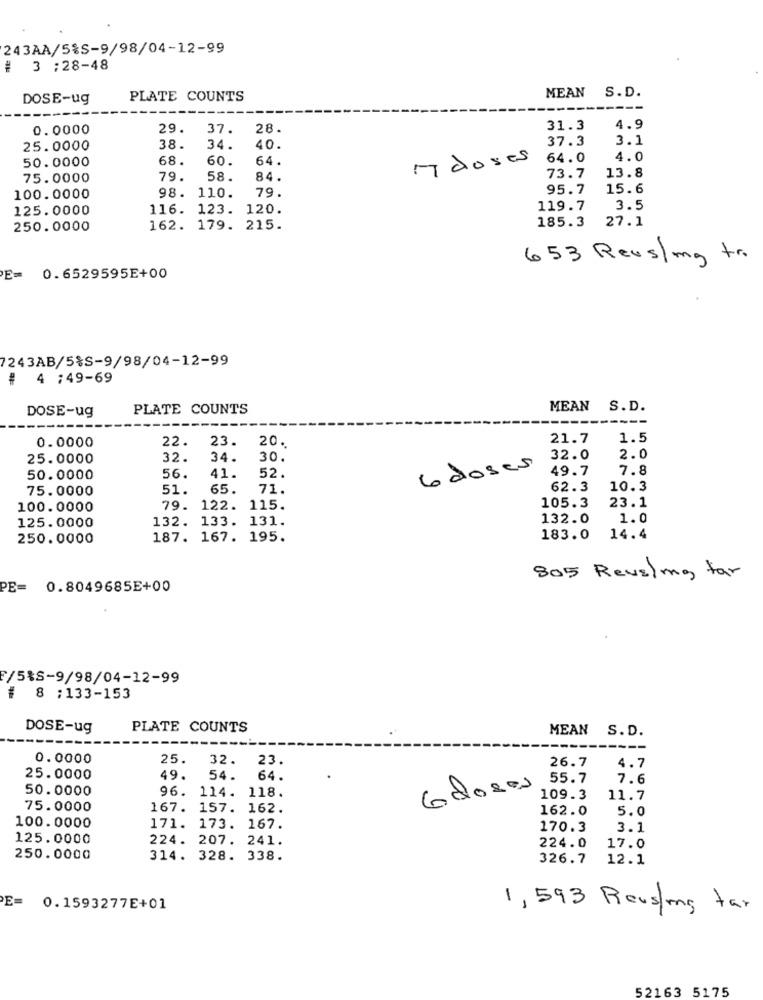
243AA/5%S-9/98/04-12-99
# 3 :28-48
MEAN S.D.
DOSE-ug
PLATE COUNTS
0.0000
29.
37.
28.
31.3
4.9
37.3
3.1
25.0000
38.
34.
40.
50.0000
68.
60.
64.
doses
64.0
4.0
13.8
75.0000
79.
58.
84.
73.7
98. 110.
79.
95.7
15.6
100.0000
125.0000
116. 123. 120.
119.7
3.5
185.3
27.1
250.0000
162. 179. 215.
653 Reus/mg tr.
E= 0.6529595E+00
7243AB/5%S-9/98/04-12-99
# 4 :49-69
DOSE-ug
PLATE COUNTS
MEAN S.D.
22.
23.
20.
21.7
1.5
0.0000
25.0000
32.
34.
30.
32.0
2.0
41.
6 doses
49.7
7.8
50.0000
56.
52.
75.0000
51.
65.
71.
62.3
10.3
105.3
23.1
100.0000
79. 122. 115.
132. 133. 131.
132.0
1.0
125.0000
250.0000
187. 167. 195.
183.0
14.4
805 Revelmg far
PE= 0.8049685E+00
F/5%S-9/98/04-12-99
# 8 :133-153
DOSE-ug
PLATE COUNTS
MEAN S.D.
0.0000
25.
32.
23.
26.7
4.7
25.0000
49.
54.
64.
55.7
7.6
50.0000
6doses
96. 114. 118.
109.3
11.7
75.0000
167. 157. 162.
162.0
5.0
100.0000
171. 173. 167.
170.3
3.1
125.0000
224. 207. 241.
17.0
224.0
250.0000
314. 328. 338.
326.7
12.1
E= 0.1593277E+01
1,593 Reusing tar
52163 5175